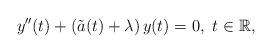
LaTeX: \begin{align*}y''(t)+(\tilde a(t)+\lambda)\, y(t)=0, \ t \in \mathbb{R},\end{align*}